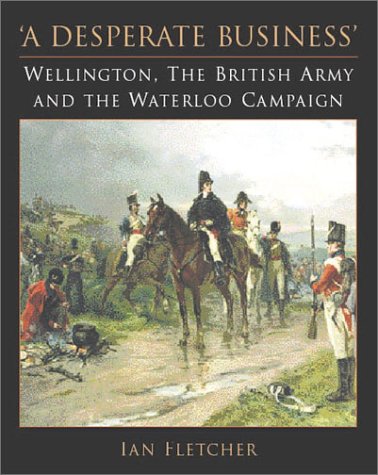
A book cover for A Desperate Business: Wellington, the British Army and the Waterloo Campaign; Ian Fletcher; History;